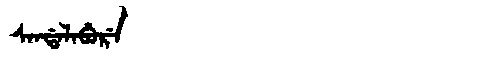
Manchu: ᠰᠠᠨᡩᠠᠯᠠᠪᡠᡵᡝ
Romanization: SANDALABURE